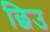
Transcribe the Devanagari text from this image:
छिउ